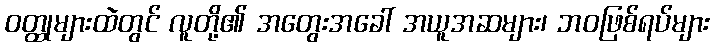
ဝတ္ထုများထဲတွင် လူတို့၏ အတွေးအခေါ် အယူအဆများ၊ ဘဝဖြစ်ရပ်များ